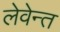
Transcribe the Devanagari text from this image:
लेवेन्त